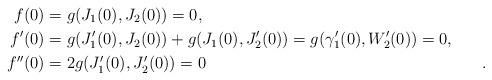
LaTeX: \begin{align*} f(0)={}&g(J_1(0),J_2(0))=0,\\f'(0)={}&g(J'_1(0),J_2(0))+g(J_1(0),J_2'(0))=g(\gamma'_1(0),W_2'(0))=0,\\f''(0)={}&2g(J_1'(0),J_2'(0))=0{}&.\end{align*}